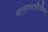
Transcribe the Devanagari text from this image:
चालण्यारीतीवर